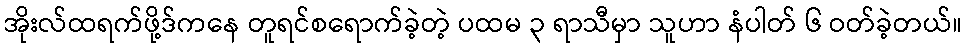
အိုးလ်ထရက်ဖို့ဒ်ကနေ တူရင်စရောက်ခဲ့တဲ့ ပထမ ၃ ရာသီမှာ သူဟာ နံပါတ် ၆ ဝတ်ခဲ့တယ်။